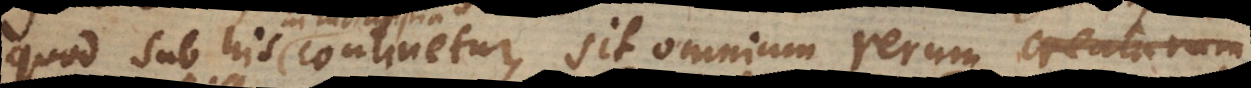
quod sub his continetur, sit omnium rerum creatarum